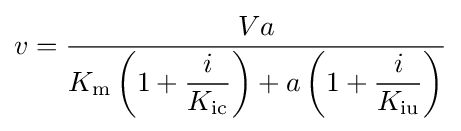
v={\dfrac {Va}{K_{\mathrm {m} }\left(1+{\dfrac {i}{K_{\mathrm {ic} }}}\right)+a\left(1+{\dfrac {i}{K_{\mathrm {iu} }}}\right)}}